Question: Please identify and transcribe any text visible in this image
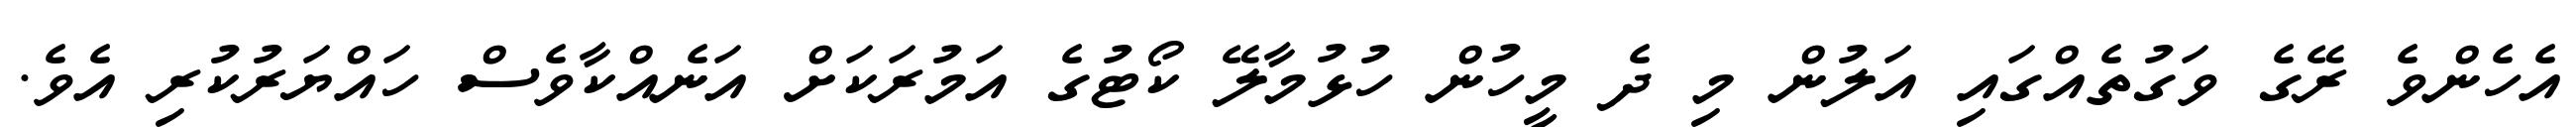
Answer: އެހެންވެ ރޭގެ ވަގުތެއްގައި އަލުން މި ދެ މީހުން ހުޅުމާލޭ ކޯޓުގެ އަމުރަކަށް އަނެއްކާވެސް ހައްޔަރުކުރި އެވެ.